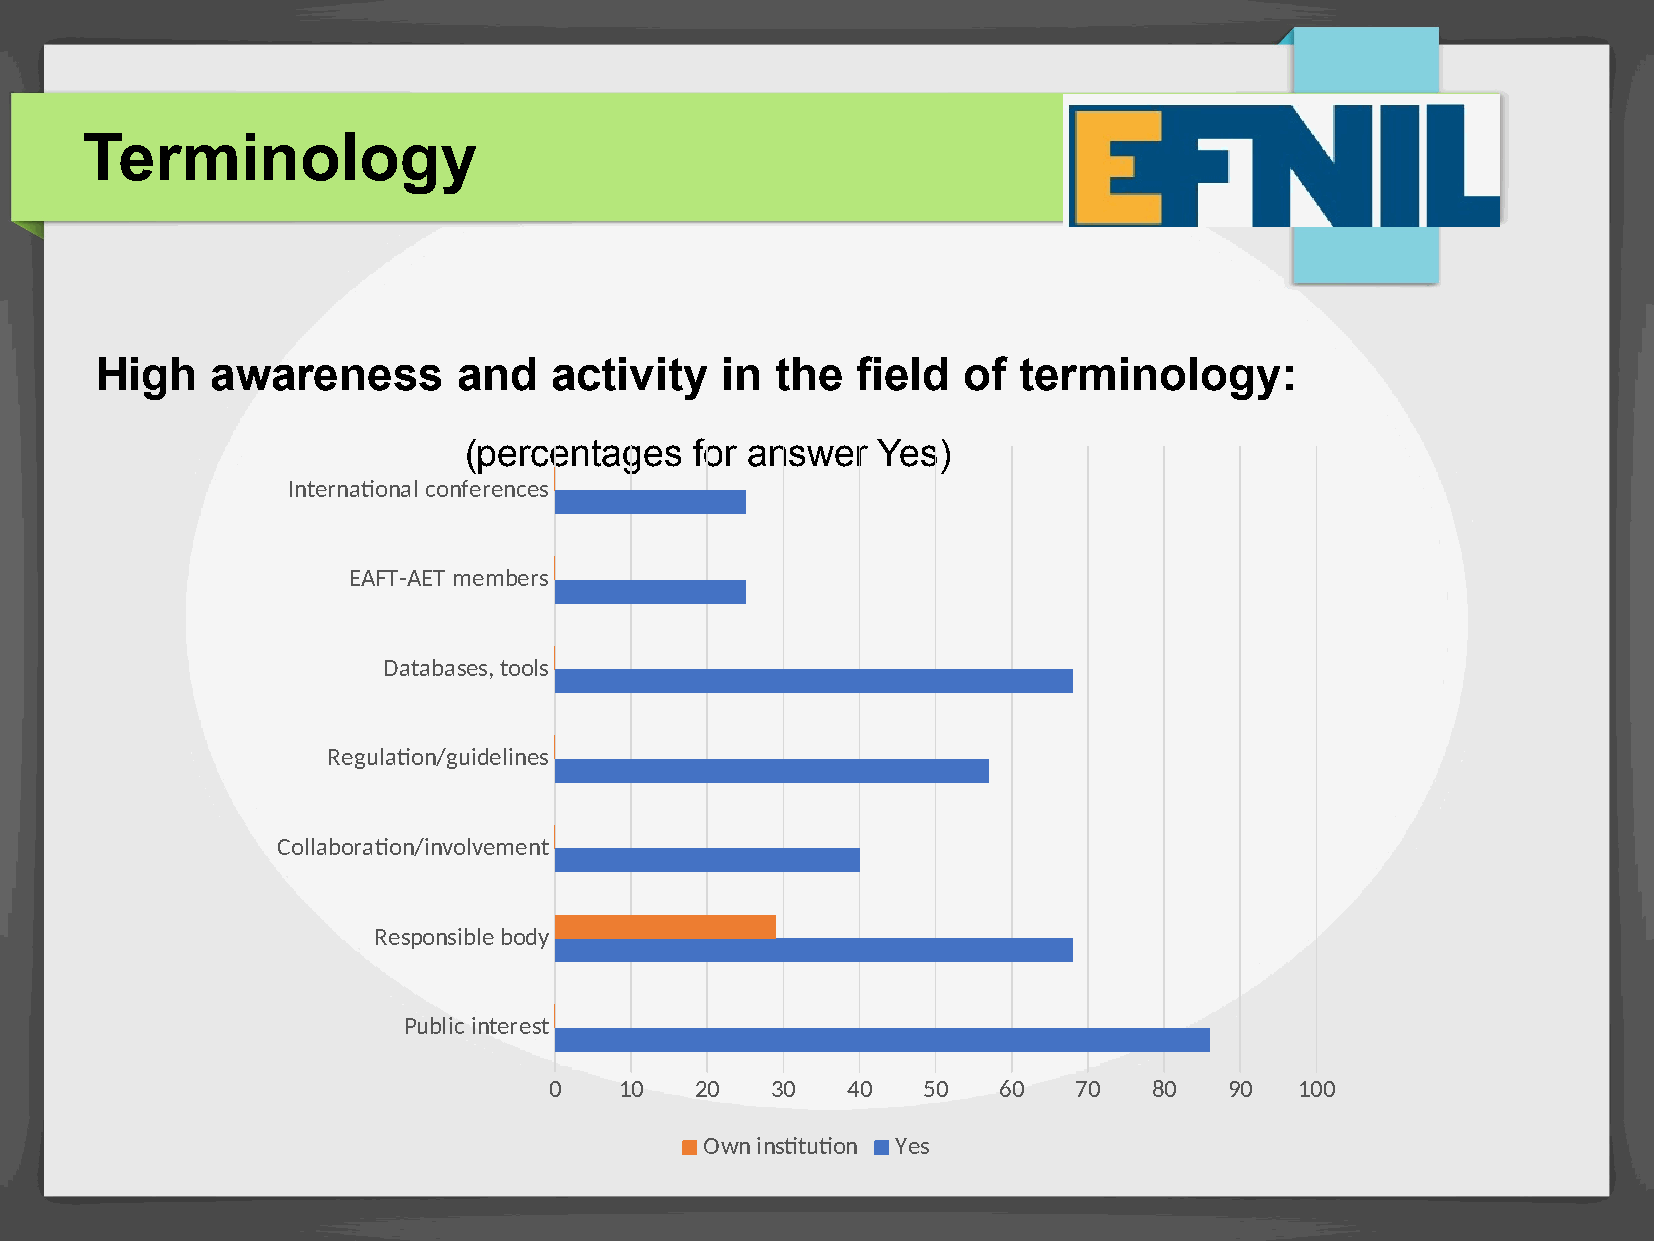
Terminology
 High    awareness       and   activity    in the   field  of terminology:
 (percentages   for answer  Yes)
 International conferences
 EAFT-AET members
 Databases, tools
 Regulation/guidelines
 Collaboration/involvement
 Responsible body
 Public interest
 0    10   20   30   40   50   60   70   80   90   100
 Own institution Yes